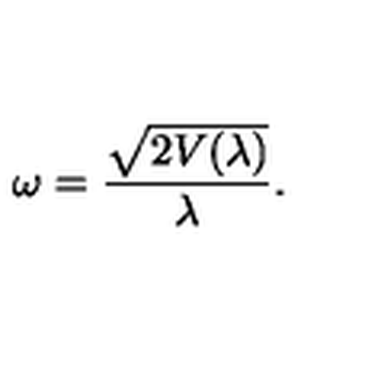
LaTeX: \omega = \frac { \sqrt { 2 V ( \lambda ) } } { \lambda } .